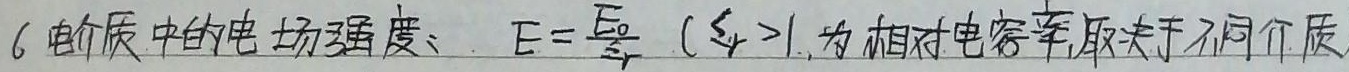
6. 电介质中的电场强度：\(E = \frac{E_{0}}{\varepsilon_{r}}\)（\(\varepsilon_{r}>1\)，为相对电容率，取决于不同介质）